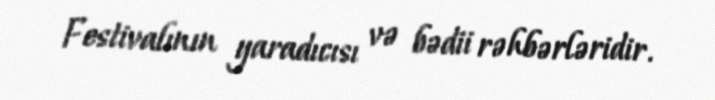
Festivalının yaradıcısı və bədii rəhbərləridir.